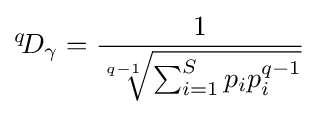
{}^{q}\!D_{\gamma }={\frac {1}{\sqrt[{q-1}]{\sum _{i=1}^{S}p_{i}p_{i}^{q-1}}}}